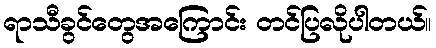
ရာသီခွင်တွေအကြောင်း တင်ပြလိုပါတယ်။